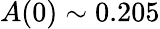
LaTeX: A(0)\sim 0.205